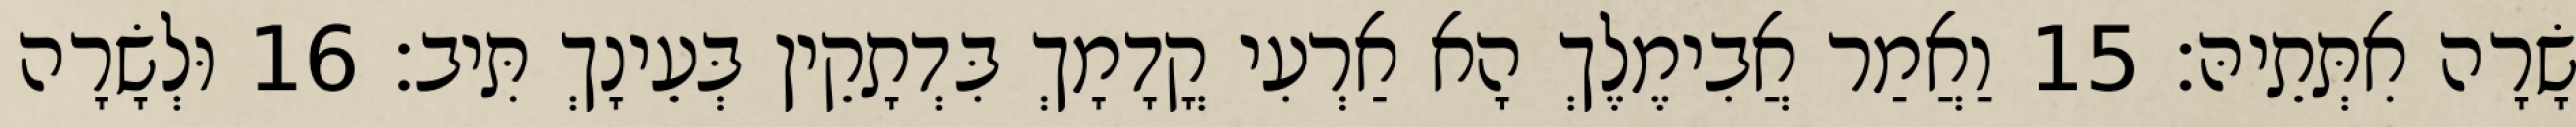
שָׂרָה אִתְּתֵיהּ׃ 15 וַאֲמַר אֲבִימֶלֶךְ הָא אַרְעִי קֳדָמָךְ בִּדְתָקֵין בְּעֵינָךְ תִּיב׃ 16 וּלְשָׂרָה